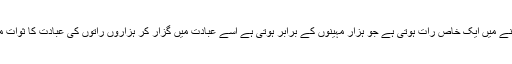
اور زیادہ عبادت اور شکر گزاری کرنی چاہیے اور پھر اس مہینے میں ایک خاص رات ہوتی ہے جو ہزار مہینوں کے برابر ہوتی ہے اسے عبادت میں گزار کر ہزاروں راتوں کی عبادت کا ثوات ملتا ہے یہی رات ہے جس کے بارے میں قرآن کریم میں آتا ہے۔